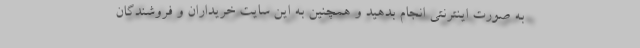
به صورت اینترنتی انجام بدهید و همچنین به این سایت خریداران و فروشندگان